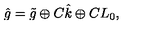
\hat { g } = \tilde { g } \oplus C \hat { k } \oplus C L _ { 0 } ,